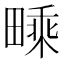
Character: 𤳁